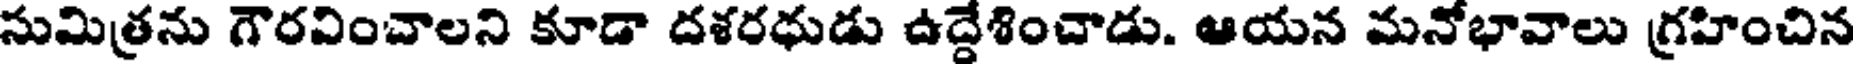
సుమిత్రను గౌరవించాలని కూడా దశరధుడు ఉద్దేశించాడు. ఆయన మనోభావాలు గ్రహించిన